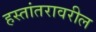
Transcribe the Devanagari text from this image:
हस्तांतरावरील